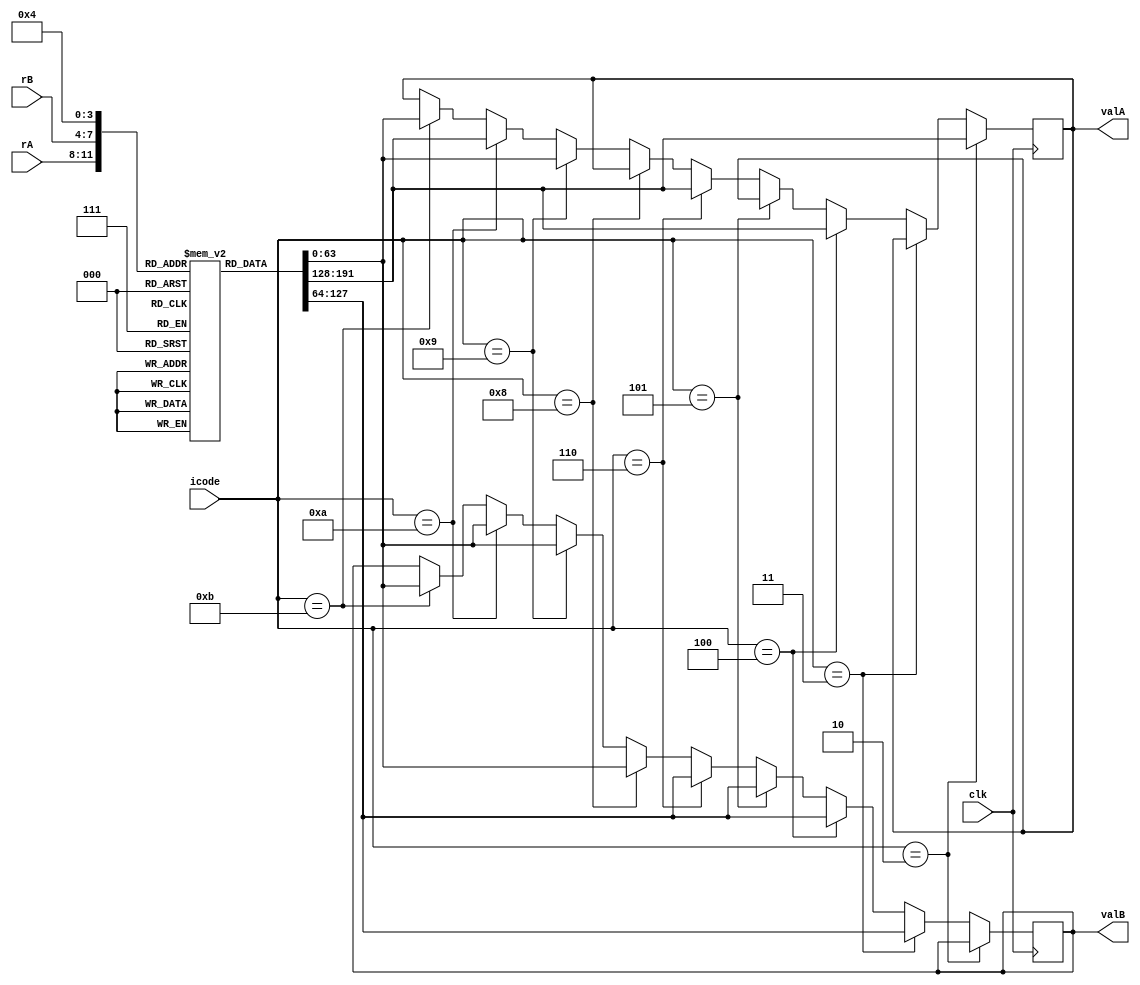
module decode(clk, icode, rA, rB, valA, valB);
	// Ports
	input clk;
	input [3:0] icode;
	input [3:0] rA;
	input [3:0] rB;
	output reg [63:0] valA;
	output reg [63:0] valB;

	initial begin
		valA = 64'd0;
		valB = 64'd0;
	end

	// Instruction Codes
	parameter INOP    = 4'h0;
	parameter IHALT   = 4'h1;
	parameter ICMOVXX = 4'h2;
	parameter IIRMOVQ = 4'h3;
	parameter IRMMOVQ = 4'h4;
	parameter IMRMOVQ = 4'h5;
	parameter IOPQ    = 4'h6;
	parameter IJXX    = 4'h7;
	parameter ICALL   = 4'h8;
	parameter IRET    = 4'h9;
	parameter IPUSHQ  = 4'ha;
	parameter IPOPQ   = 4'hb;

	// Register File
	parameter RRAX = 4'h0;
	parameter RRCX = 4'h1;
	parameter RRDX = 4'h2;
	parameter RRBX = 4'h3;
	parameter RRSP = 4'h4;
	parameter RRBP = 4'h5;
	parameter RRSI = 4'h6;
	parameter RRDI = 4'h7;
	parameter R8   = 4'h8;
	parameter R9   = 4'h9;
	parameter R10  = 4'ha;
	parameter R11  = 4'hb;
	parameter R12  = 4'hc;
	parameter R13  = 4'hd;
	parameter R14  = 4'he;

	reg [63:0] register_file[0:14];
	initial begin
		register_file[RRAX] = 64'd0;
		register_file[RRCX] = 64'd1;
		register_file[RRDX] = 64'd2;
		register_file[RRBX] = 64'd3;
		register_file[RRSP] = 64'd4;
		register_file[RRBP] = 64'd5;
		register_file[RRSI] = 64'd6;
		register_file[RRDI] = 64'd7;
		register_file[R8]   = 64'd8;
		register_file[R9]   = 64'd9;
		register_file[R10]  = 64'd10;
		register_file[R11]  = 64'd11;
		register_file[R12]  = 64'd12;
		register_file[R13]  = 64'd13;
		register_file[R14]  = 64'd14;
	end

	// Decode Stage
	always @(posedge clk) begin
		if (icode == ICMOVXX) begin
			valA = register_file[rA];
		end
		else if(icode == IIRMOVQ) begin
			valB = register_file[rB];
		end
		else if(icode == IRMMOVQ) begin
			valA = register_file[rA];
			valB = register_file[rB];
		end
		else if(icode == IMRMOVQ) begin
			valB = register_file[rB];
		end
		else if(icode == IOPQ) begin
			valA = register_file[rA];
			valB = register_file[rB];
		end
		else if(icode == ICALL) begin
			valB = register_file[4];
		end
		else if(icode == IRET) begin
			valA = register_file[4];
			valB = register_file[4];
		end
		else if(icode == IPUSHQ) begin
			valA = register_file[rA];
			valB = register_file[4];
		end
		else if(icode == IPOPQ) begin
			valA = register_file[4];
			valB = register_file[4];
		end
	end
endmodule